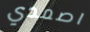
اصمدي